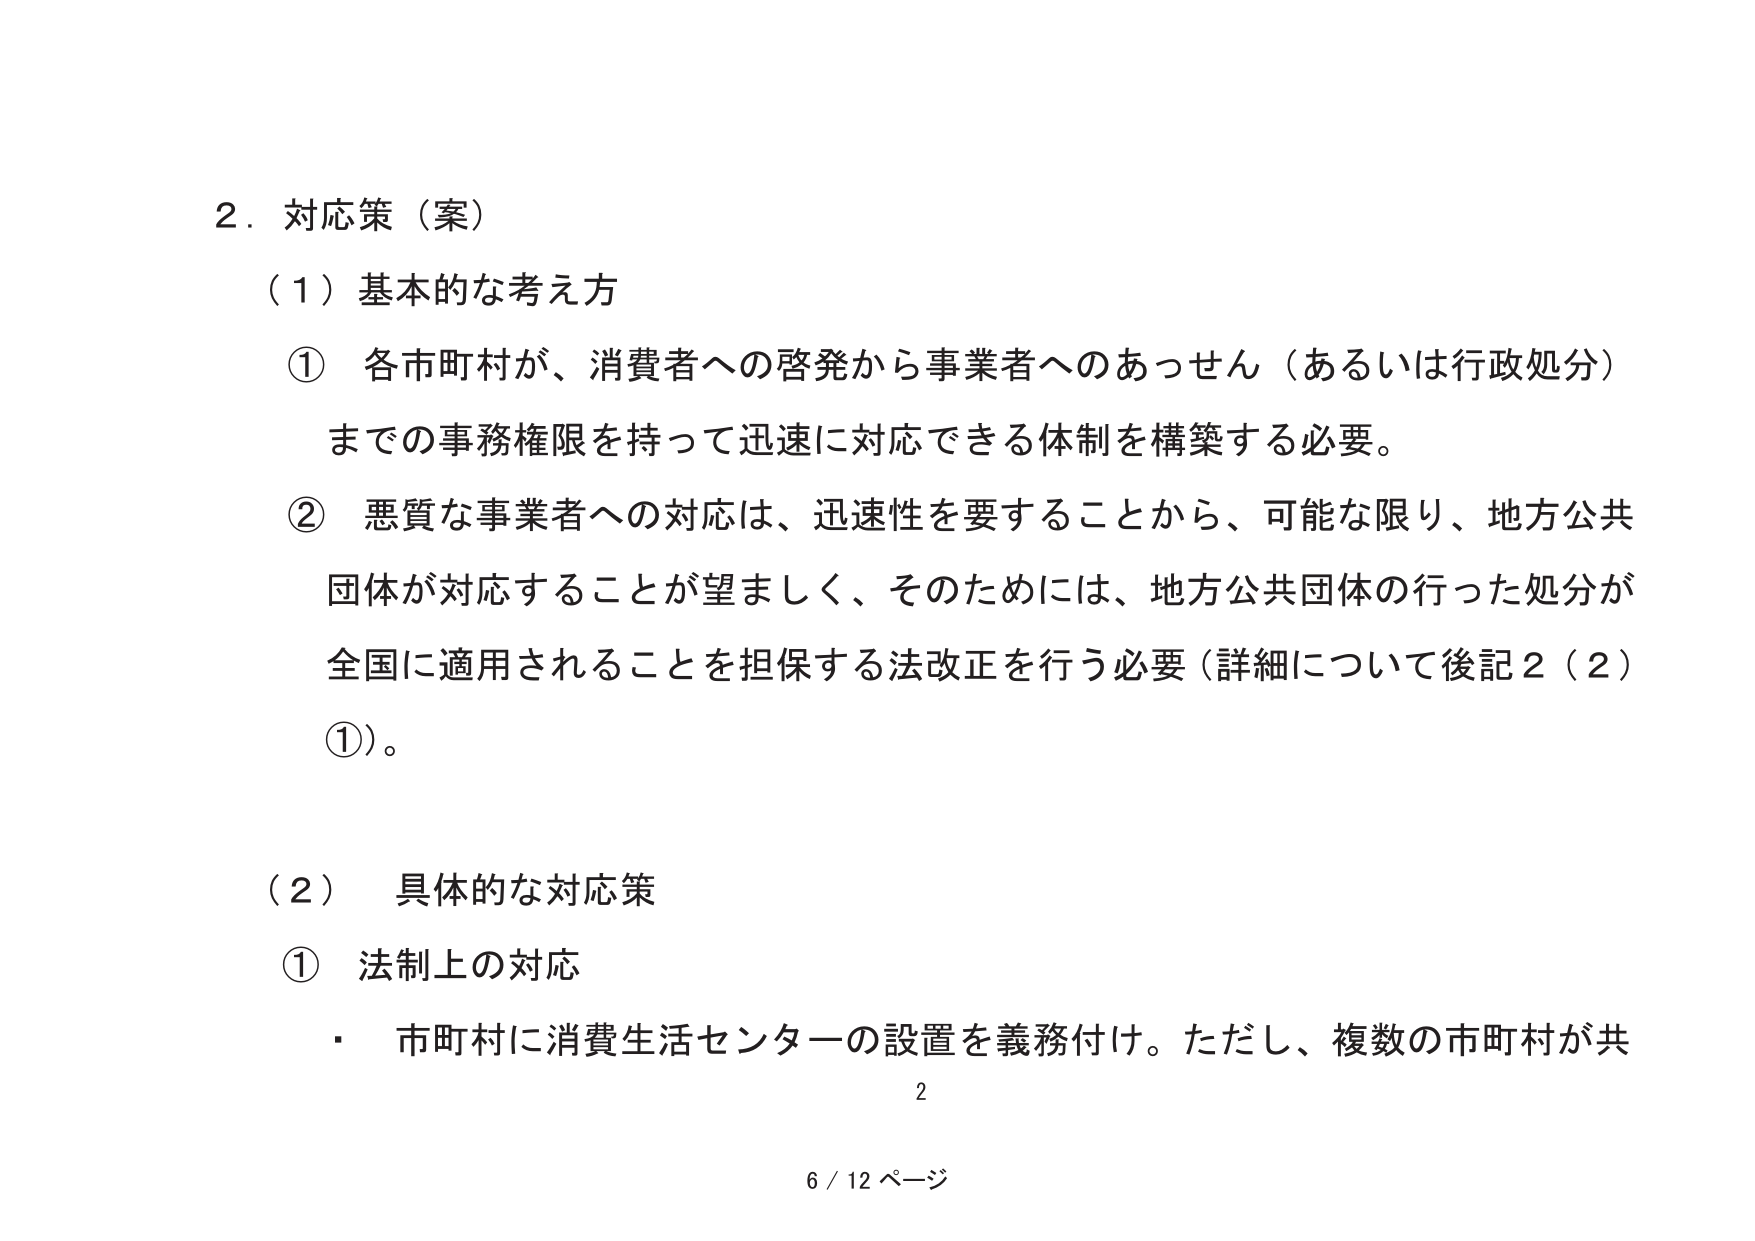
2．対応策（案）

（1）基本的な考え方

① 各市町村が、消費者への啓発から事業者へのあっせん（あるいは行政処分）までの事務権限を持って迅速に対応できる体制を構築する必要。

② 悪質な事業者への対応は、迅速性を要することから、可能な限り、地方公共団体が対応することが望ましく、そのためには、地方公共団体の行った処分が全国に適用されることを担保する法改正を行う必要（詳細について後記2（2）①）。

（2）具体的な対応策

① 法制上の対応

・ 市町村に消費生活センターの設置を義務付け。ただし、複数の市町村が共

2

6 / 12 ページ